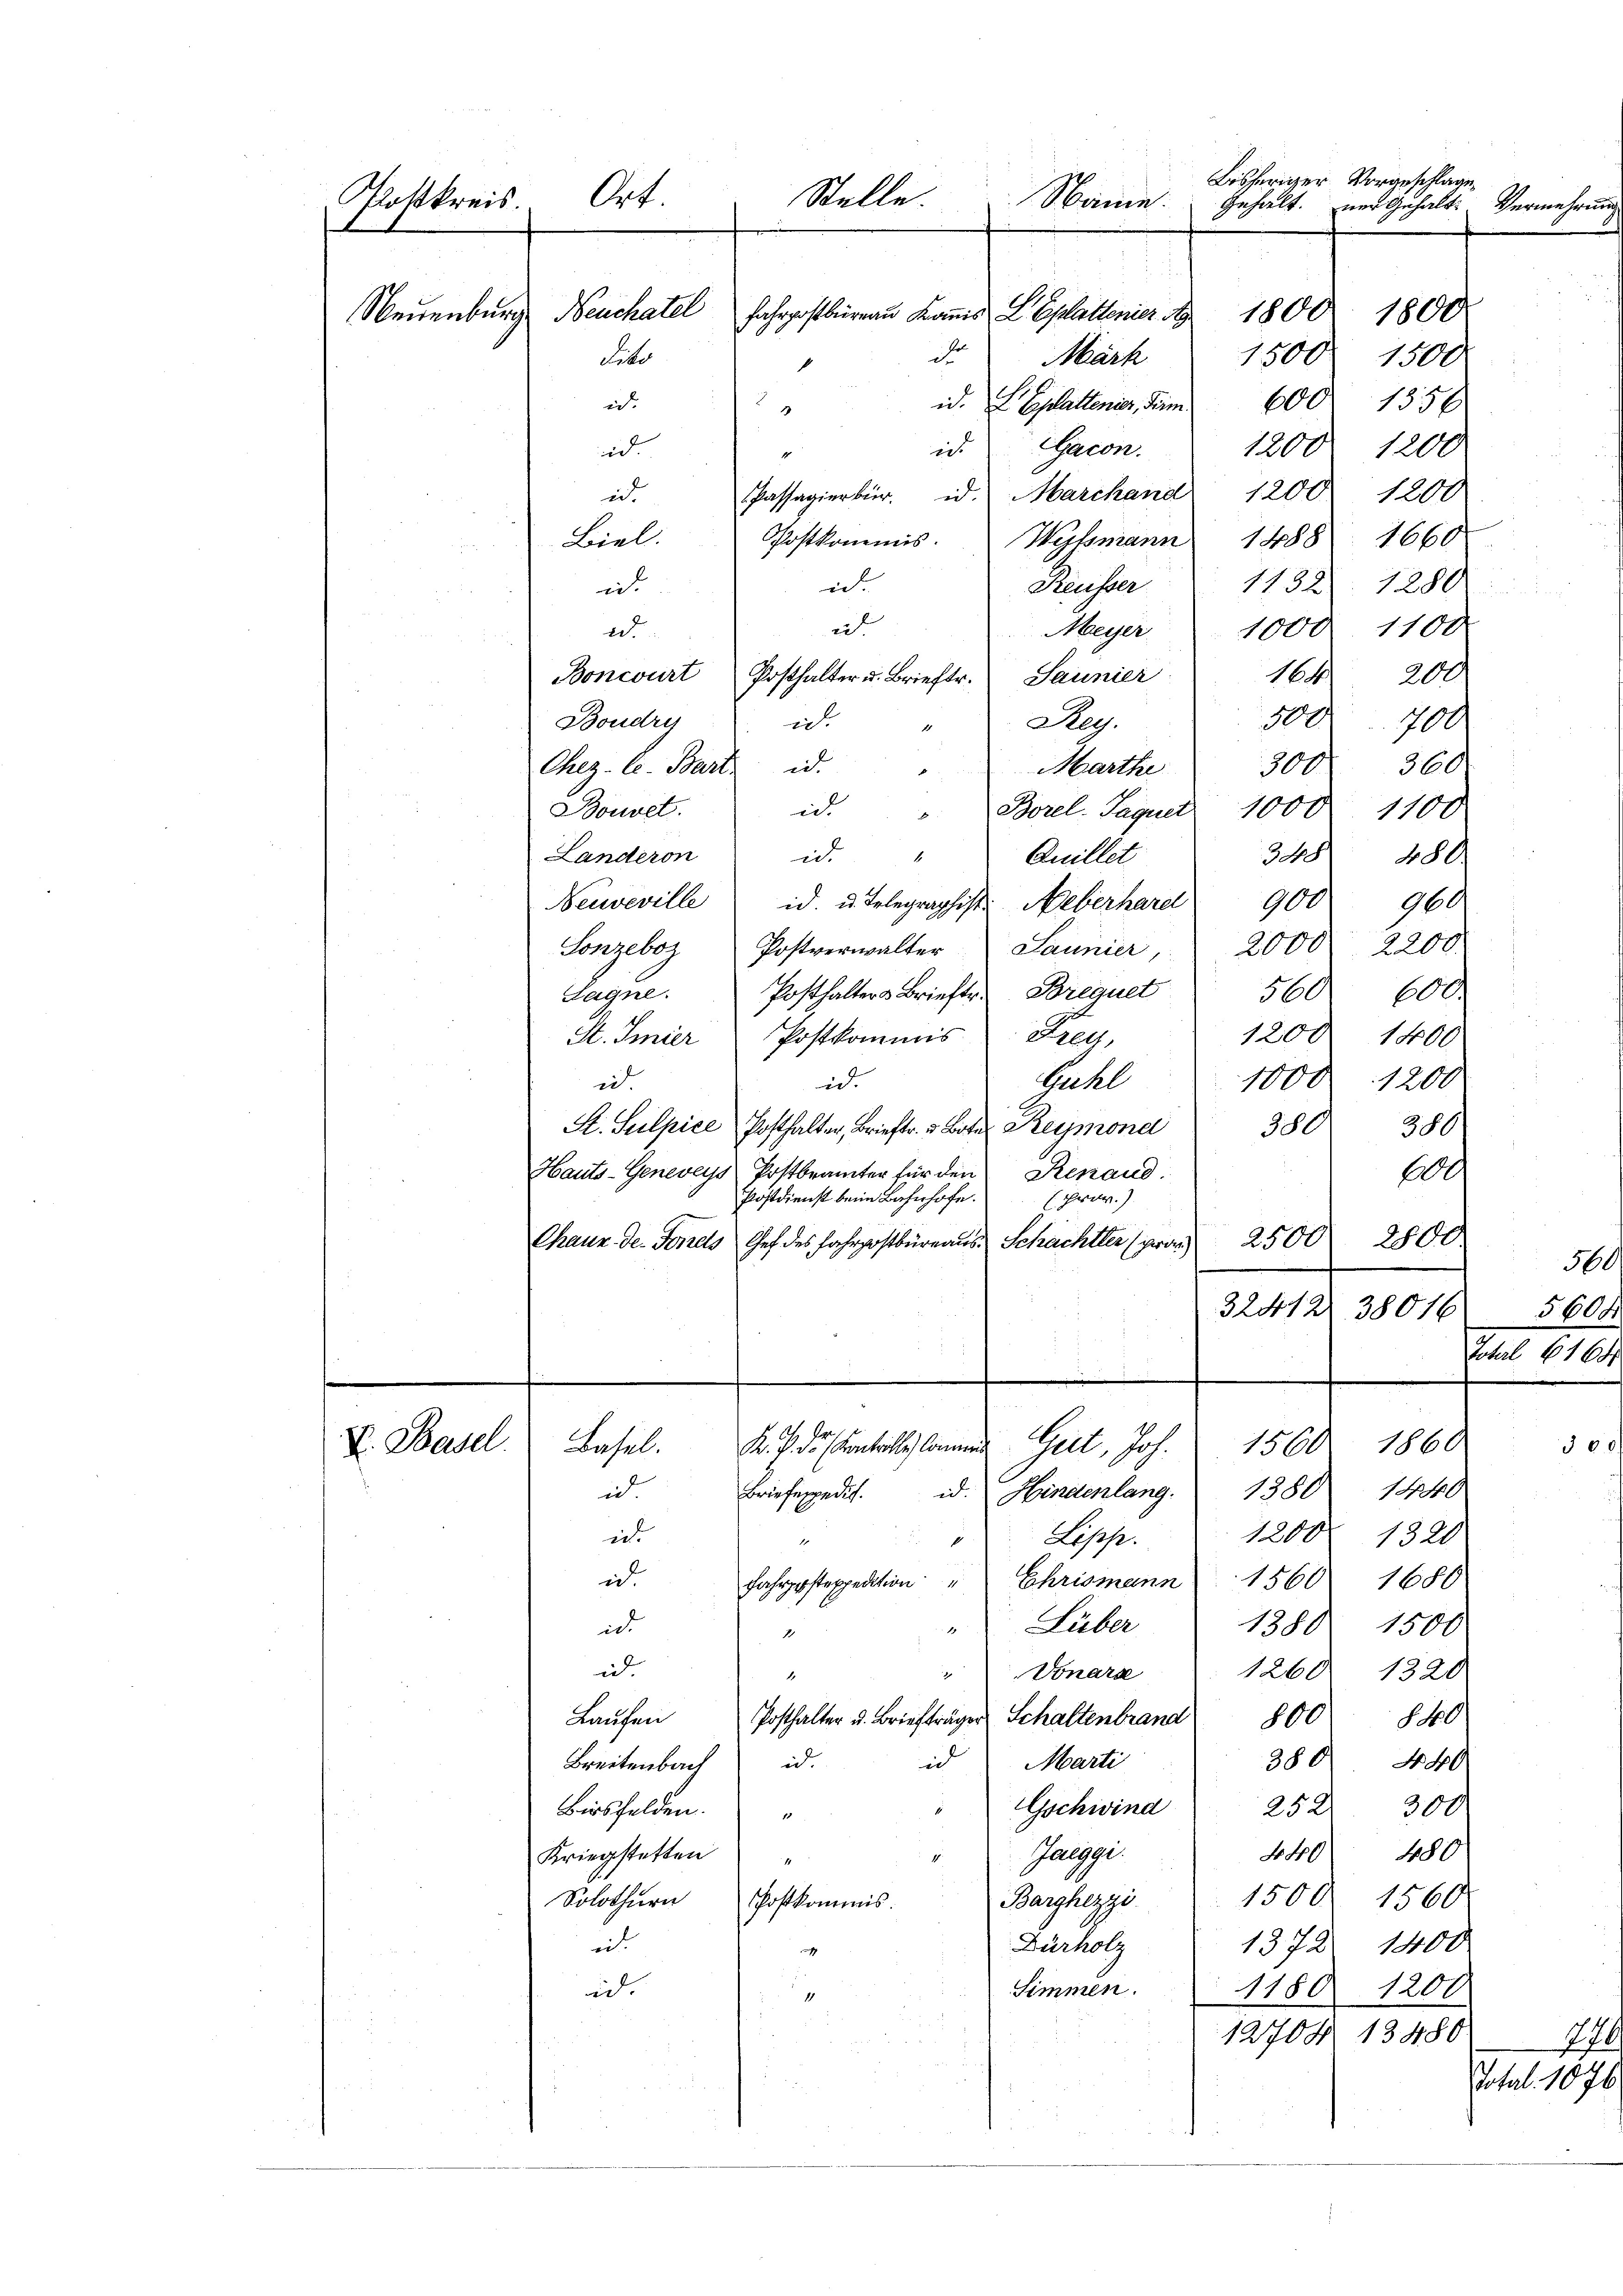
Bisheriger Vorgeschlage
Stelle.
Ort.
Näme.
Postkreis.
ner Gehalt
Vermehrung
Gehalt.
x
Neuenburg Neuchatel
1800. 1800.
Fahrpostbureau Kommis L. Eplattener A
d
Leto
1500 1500.
Märk
600. 1356
id.
id. E. Eplattener, Form.
.
id Sacon.
1200. 1200
id
Passagierbr. d. Marchand 1200 1200
id.
1660
1488
Biel.
Postkommis
Wyssmann

i
i.
e
Meyer 1000. 1100
ad.
Boncourt Posthalter u. Brieftr. Launier
500. 700
ich
Reg.
Boudry
1
300. 360.
Chez-C. Bart d.
Marthi
id. " Borel Jaquet 1000 1100
Bouvet.
348. 480.
id.
Landeron
Quillet
Neuveville id. u. Telegraphist. Neberhard 900 960
Sonzeboz Postverwalter Launier, 2000 2200.
Posthalters Brieftr. Borequet 560. 600.
Lagne.
1200 1400
St. Hier Postkommis Frey,
1000 : 1200
Guhl
id.
i
St. Sulpice Posthalter, Brieftr. 3. Botes Reymond
380
380
Hauts-Geneveys Postbrämter für den Renaud.
0
Postdienst beim Bahnhofe prov.)
2800.
Chaux der Forels Chef des Fahrpostbüreaus Schachter (pro 2500
32412 38016

Basel.
K. P. d. Kontrolle Commen Gert, Joh. " 1560. 1860
V. Basel.
Briefespedit. d. Hindenlang. 1380 1440
id

int
 Lipp.
ich
Jahresteppedition " Ehrismann 1560 1680
Lüber
1
ich
2
i
Vonars
2
4
Posthalter u. Briefträger Schaltenbrand 800
Laufen
380
Marti
id.
id
Breitenbach
"Gschwind 252
Birsfelden.
1.
Janggi.
440
Kriegstetten
1
1500
Solothurn Postkommis
Barghezzi
eit.
Dürholz
1372.
Simmen.
1180
id.
12704 13.

Reusser " 1132. 1280.
164. 200

1200. 1320
1388. 1500
1260. 1320

S.

.

480
1560
1400
1200

t

360
560

Total 1070

1

.